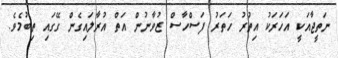
ނަތީޖާއަކީ އަހަރަކު އިތުރު ހަތަރު ފަސްހާސް ޒުވާނުން އަތް އުރާލައިގެން ގޭގައި ތިބުމެވެ.